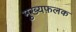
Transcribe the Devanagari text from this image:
मुख्यफ़लक